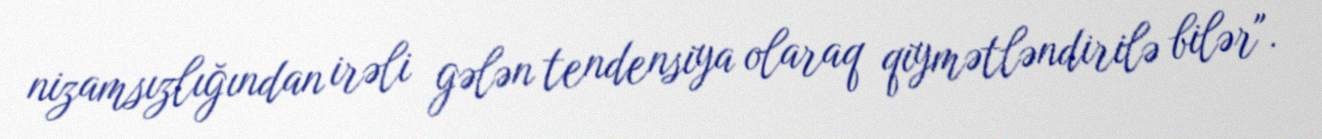
nizamsızlığından irəli gələn tendensiya olaraq qiymətləndirilə bilər".